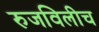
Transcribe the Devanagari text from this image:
रुजविलीच